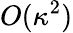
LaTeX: O(\kappa^{2})